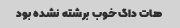
هات داگ خوب برشته نشده بود